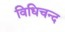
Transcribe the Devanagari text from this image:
विधिचन्द